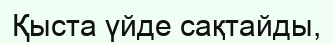
Қыста үйде сақтайды,